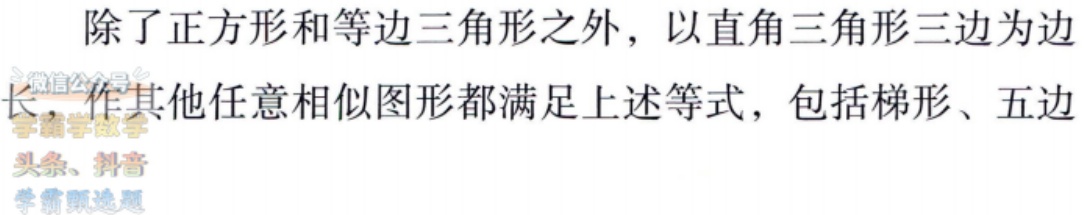
除了正方形和等边三角形之外，以直角三角形三边为边长，作其他任意相似图形都满足上述等式，包括梯形、五边